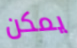
يمكن